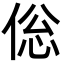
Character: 倊